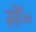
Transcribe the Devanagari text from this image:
सें॰